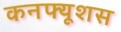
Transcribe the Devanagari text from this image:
कनफ्यूशस